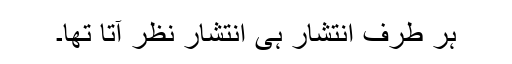
ہر طرف انتشار ہی انتشار نظر آتا تھا۔